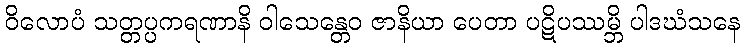
ဝိလောပံ သတ္တပ္ပကရဏာနိ ဝါသေန္တေဝ ဇာနိယာ ပေတာ ပဋိပဿမ္ဘိ ပါဒဃံသနေ